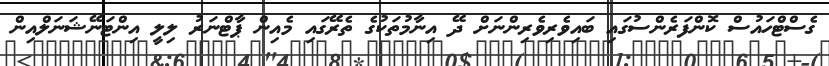
ގެސްޓްހައުސް ކޮންފަރެންސުގައި ބައިވެރިވެރިންނަށް ދޭ އިނާމުތަކުގެ ތެރޭގައި މެއިން ޕާޓްނަރު ލިލީ އިންޓަނޭޝަނަލްއިން